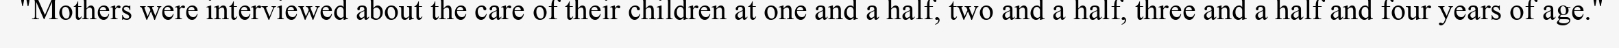
"Mothers were interviewed about the care of their children at one and a half, two and a half, three and a half and four years of age."